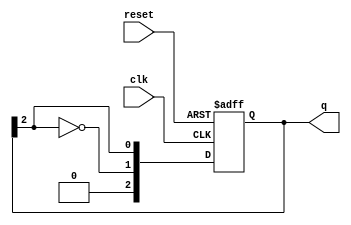
module ring_johnson_counter #(
    parameter N = 3  // Number of flip-flops (stages)
)(
    input wire clk,       // Clock input
    input wire reset,     // Active-high reset input
    output reg [N-1:0] q // Output of the counter
);

// Sequential logic for the Johnson counter
always @(posedge clk or posedge reset) begin
    if (reset) begin
        q <= 0; // Initialize the counter to 0 on reset
    end else begin
        // Shift the current state and apply feedback
        q <= {~q[N-1], q[N-1:N-1]}; // Shift and feedback
    end
end

endmodule